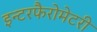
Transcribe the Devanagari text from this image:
इन्टरफैरोमेटरी